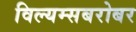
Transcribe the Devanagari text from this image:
विल्यम्सबरोबर